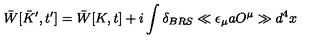
\bar { W } [ \bar { K } ^ { \prime } , t ^ { \prime } ] = \bar { W } [ K , t ] + i \int \delta _ { B R S } \ll \epsilon _ { \mu } a O ^ { \mu } \gg d ^ { 4 } x